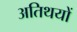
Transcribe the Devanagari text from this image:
अतिथयों